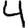
Digit: 4